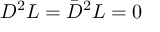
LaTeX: D ^ { 2 } L = \bar { D } ^ { 2 } L = 0